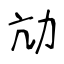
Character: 劥